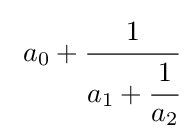
\ a_{0}+{\cfrac {1}{a_{1}+{\cfrac {1}{a_{2}}}}}